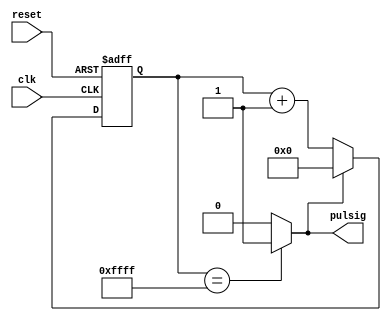
////////////////////////////////////////////////////////////////////////////////// 
// 
// Module Name:    Pulse 
// 
// Revision 0.4
//
//////////////////////////////////////////////////////////////////////////////////
module pulse(
	input clk,
	input reset,
	output reg pulsig
    );

	parameter WIDTH = 16;
	parameter CYCLE = 16'd65535;
	
	reg [WIDTH-1:0] Q, nextQ;

	// multiplexer to count up or set to zero
	always @ (Q, pulsig)
		if (pulsig)
			nextQ = 1'b0; // reset count
		else
			nextQ = Q + 1'b1; // count up 1

	// register
	always @ (posedge clk or posedge reset) // all happens on clock edge
		if (reset) Q <= 1'b0;
		else Q <= nextQ;

	// combinational logic to check if the count equals the cycle
	always @ (Q)
		if(Q == CYCLE) pulsig = 1'b1;
		else pulsig = 1'b0; 

endmodule